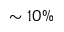
\sim 1 0 \%